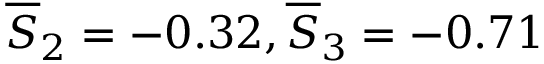
\overline { { S } } _ { 2 } = - 0 . 3 2 , \overline { { S } } _ { 3 } = - 0 . 7 1